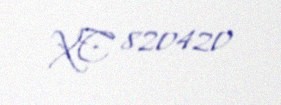
XC 820420